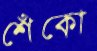
শেঁকো